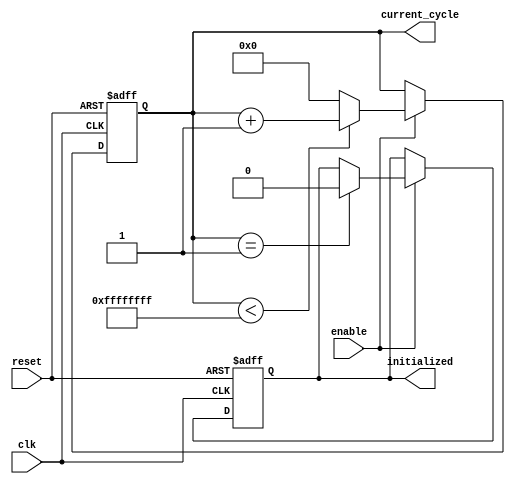
module ClockCycleInitialization (
    input wire clk,            // Clock signal
    input wire reset,          // Asynchronous reset signal
    input wire enable,         // Control signal to enable counting
    output reg [31:0] current_cycle, // Register to hold current clock cycle count
    output reg initialized     // Flag indicating initialization state
);

    // Initialization state
    localparam MAX_CYCLES = 32'hFFFFFFFF; // Define max cycle count, could be adjusted based on requirements

    // Always block for clock cycle management
    always @(posedge clk or posedge reset) begin
        if (reset) begin
            current_cycle <= 32'b0;       // Reset current_cycle to 0
            initialized <= 1'b1;          // Set initialized flag to high during reset
        end else if (enable) begin
            if (current_cycle < MAX_CYCLES) begin
                current_cycle <= current_cycle + 1; // Increment the clock cycle count
            end else begin
                current_cycle <= 32'b0; // Reset to zero if max cycle count is reached
            end
            // If we incremented current_cycle, we are now operational
            if (current_cycle == 32'b1) // Indicates the first valid cycle after reset
                initialized <= 1'b0;  // Clear initialized flag after first increment
        end
    end

endmodule